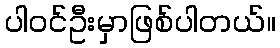
ပါဝင်ဦးမှာဖြစ်ပါတယ်။